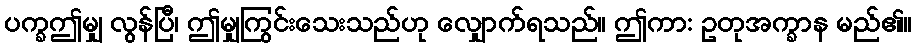
ပက္ခဤမျှ လွန်ပြီ၊ ဤမျှကြွင်းသေးသည်ဟု လျှောက်ရသည်။ ဤကာ: ဥတုအက္ခာန မည်၏။